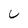
Character: U